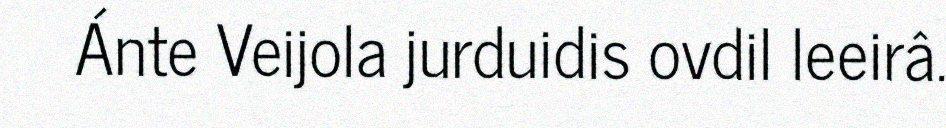
Ánte Veijola jurduidis ovdil leeirâ.